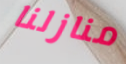
منازلنا